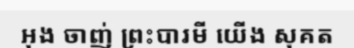
អុង ចាញ់ ព្រះបារមី យើង សុគត